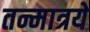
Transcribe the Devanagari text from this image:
तन्मात्रयें